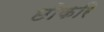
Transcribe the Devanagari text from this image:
छोकरि